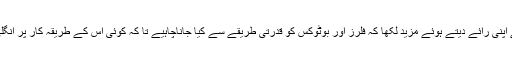
متعلقہ ڈاکٹر نے اپنی رائے دیتے ہوئے مزید لکھا کہ فلرز اور بوٹوکس کو قدرتی طریقے سے کیا جاناچاہیے تا کہ کوئی اس کے طریقہ کار پر انگلی نہ اٹھا سکے۔